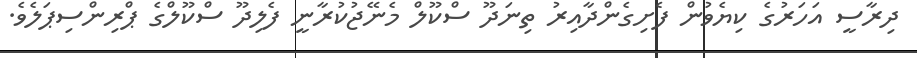
ދިރާސީ އަހަރުގެ ކިޔެވުން ފެށިގެންދާއިރު ތިނަދޫ ސްކޫލް މެނޭޖުކުރާނީ ފެލިދޫ ސްކޫލްގެ ޕްރިންސިޕަލެވެ.